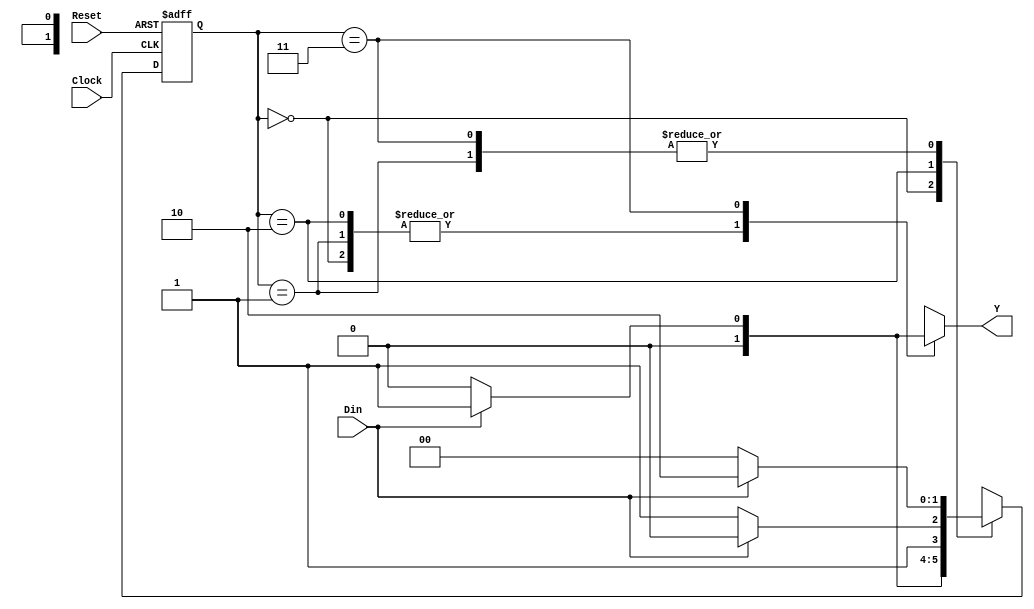
// Module Name:    FSM_Mealy_Detector 

module FSM_Mealy_Detector(Din, Clock, Reset, Y);
	input Din,Clock,Reset;
	output reg Y;
	reg [1:0] State,Next_State;
	localparam Sin = 2'b00, S1 = 2'b01, S11 = 2'b10, S110 = 2'b11;
	always @(posedge Clock, posedge Reset)
	begin
		if(Reset)
			State <= Sin;
		else
			State <= Next_State;
	end
	
	always @(State, Din)
	begin
	case(State)
		Sin: begin
		if(Din)
			Next_State <= S1;
		else
			Next_State <= Sin;
		end
		
		S1: begin
		if(Din)
			Next_State <= S11;
		else
			Next_State <= Sin;
		end
		
		S11: begin
		if(!Din)
			Next_State <= S110;
		else
			Next_State <= S11;
		end
		
		S110: begin
		if(Din)
			Next_State <= S11;
		else
			Next_State <= Sin;
		end
	endcase
	end
	
	always @(State, Din)
	begin
	case(State)
		Sin: Y = 0;
		S1: Y = 0;
		S11: Y = 0;
		S110: begin
		if(Din)
			Y = 1;
		else
			Y = 0;
		end
	endcase
	end
endmodule